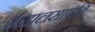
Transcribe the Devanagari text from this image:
महालसापति